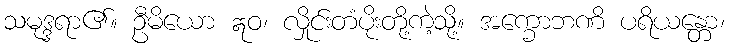
သမုဒ္ဒရာ၏။ ဦမိယော ဣဝ၊ လှိုင်းတံပိုးတို့ကဲ့သို့။ အက္ခောဘဏိ ပရိယန္တော၊